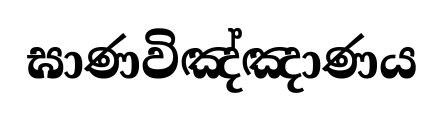
ඝාණවිඤ්ඤාණය